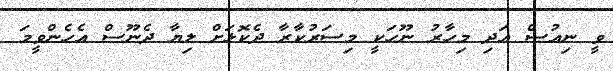
ވީ ނިއުސް އަދި މިހާރު ނޫހަކީ މިސަރުކާރާ ދެކޮޅަށް ލިޔާ ދެނޫސް އެހެންވީމަ